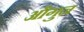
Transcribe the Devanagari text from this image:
औगुन